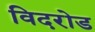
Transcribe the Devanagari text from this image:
विदरोड